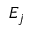
E _ { j }